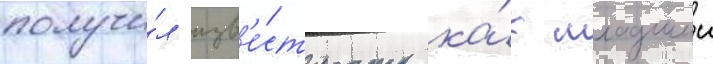
получи́л изв'е́стность ка́к младшии